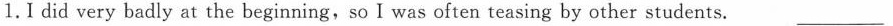
1.I did very badly at the beginning,so I was often teasing by other students.